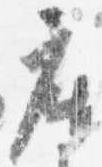
座